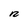
Character: n